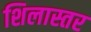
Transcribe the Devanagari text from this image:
शिलास्तर